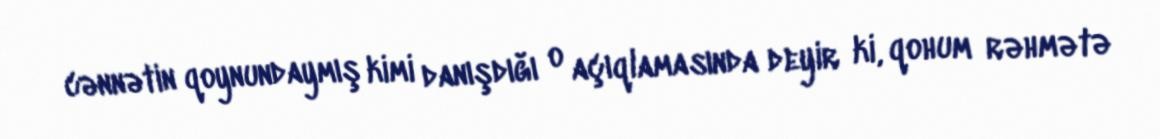
cənnətin qoynundaymış kimi danışdığı o açıqlamasında deyir ki, qohum rəhmətə